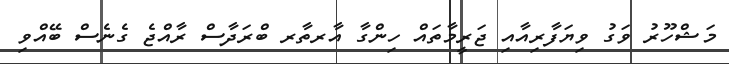
މަޝްހޫރު ވަގު ވިޔަފާރިއާއި ޖަރީމާތައް ހިންގާ އާރތާރ ބްރަދާސް ރާއްޖެ ގެނެސް ބޭއްވި